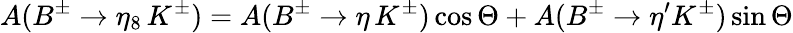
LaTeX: A(B^{\pm}\to\eta_{8}\, K^{\pm})=A(B^{\pm}\to\eta\, K^{\pm})\cos\Theta+A(B^{\pm}\to\eta^{\prime}K^{\pm})\sin\Theta